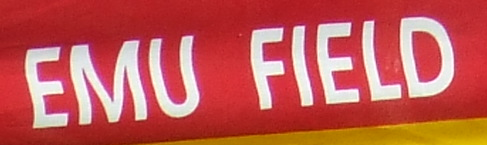
EMU FIELD